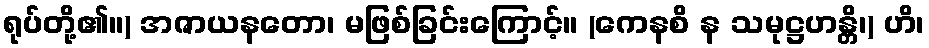
ရုပ်တို့၏။) အဇာယနတော၊ မဖြစ်ခြင်းကြောင့်။ (ကေနစိ န သမုဋ္ဌဟန္တိ၊) ဟိ၊